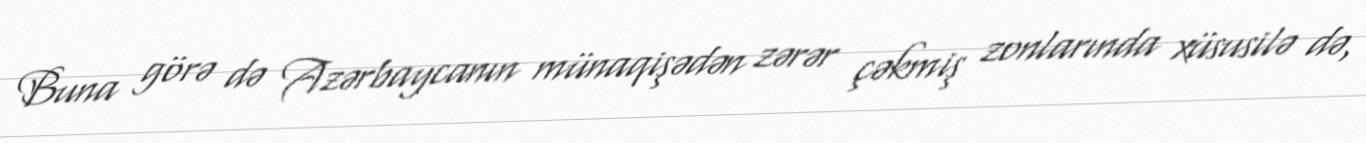
Buna görə də Azərbaycanın münaqişədən zərər çəkmiş zonlarında xüsusilə də,